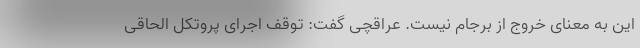
این به معنای خروج از برجام نیست. عراقچی گفت: توقف اجرای پروتکل الحاقی